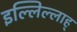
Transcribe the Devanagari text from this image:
इल्लिल्लाह्